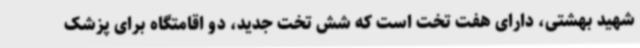
شهید بهشتی، دارای هفت تخت است که شش تخت جدید، دو اقامتگاه برای پزشک